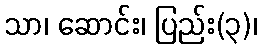
သာ၊ ဆောင်း၊ ပြည်း(၃)၊